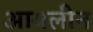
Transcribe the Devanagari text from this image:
आयलीन